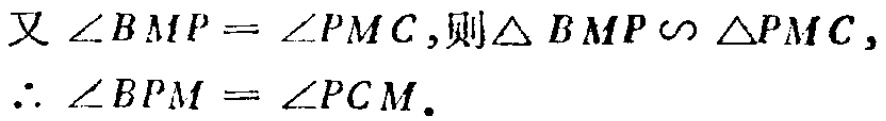
又 $\angle BMP = \angle PMC$, 则 $\triangle BMP \sim \triangle PMC$,
$\therefore \angle BPM = \angle PCM$.